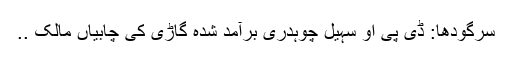
سرگودھا: ڈی پی او سہیل چوہدری برآمد شدہ گاڑی کی چابیاں مالک ..